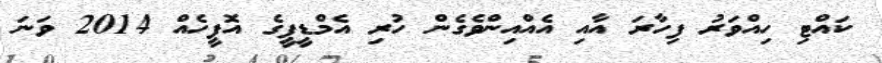
ކައްޓި ހިއްވަރު ފިހާރަ އާއި އެއްއިންވެގެން ހުރި އެމްޑީޕީގެ އޮފީހެއް 2014 ވަނަ